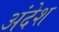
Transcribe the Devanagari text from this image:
अंदेश